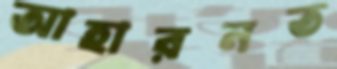
আহারনত